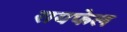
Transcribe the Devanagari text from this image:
रायफेल